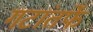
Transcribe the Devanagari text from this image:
गटांतर्फे